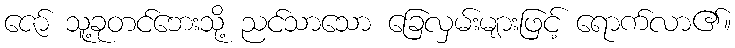
ဇော် သူ့ခုတင်ဘေးသို့ ညင်သာသော ခြေလှမ်းများဖြင့် ရောက်လာ၏။